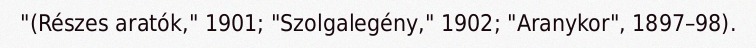
"(Részes aratók," 1901; "Szolgalegény," 1902; "Aranykor", 1897–98).